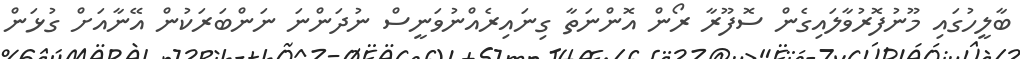
ބާލީހުގައި މޫނުފޮރުވާލައިގެން ސޮފޫރާ ރޯން އޮންނަތާ ގިނައިރެއްނުވަނީސް ނުދަންނަ ނަންބަރަކުން އޭނާއަށް ގުޅަން